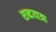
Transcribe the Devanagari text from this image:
शब्दयात्रा